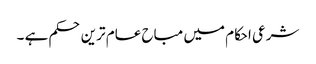
شرعی احکام میں مباح عام ترین حکم ہے ۔